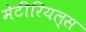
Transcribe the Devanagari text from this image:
मेटीरियल्स